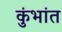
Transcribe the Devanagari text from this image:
कुंभांत